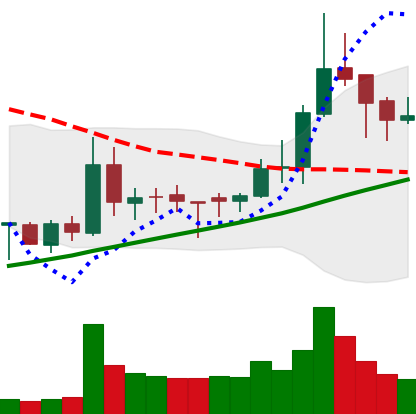
Ticker: BNB-USD
Chart end date: 2018-03-28
Forward return: 8.422%
Label: up_7plus